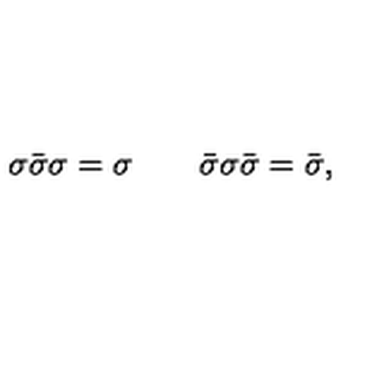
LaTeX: \sigma \bar { \sigma } \sigma = \sigma \qquad \bar { \sigma } \sigma \bar { \sigma } = \bar { \sigma } ,